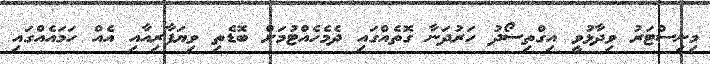
މިނިސްޓަރު ވިދާޅުވީ އިގްތިސޯދު ހަރުދަނާ ގޮތެއްގައި ދެމެހެއްޓުމަށް ބޮޑެތި ވިޔަފާރިއާއި އެއް ހަމައެއްގައި